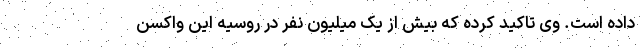
داده است. وی تاکید کرده که بیش از یک میلیون نفر در روسیه این واکسن